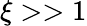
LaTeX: \xi>>1